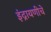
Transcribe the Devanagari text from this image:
इंद्रायणीचे